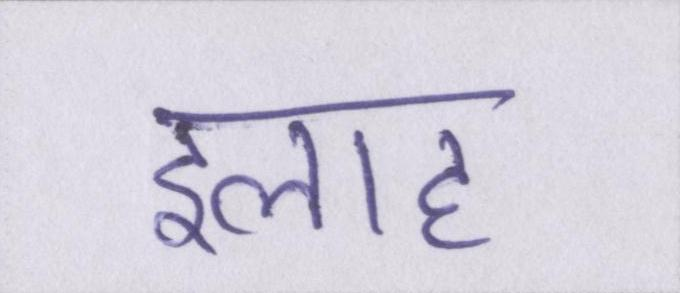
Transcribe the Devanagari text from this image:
इलाह